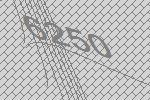
6250